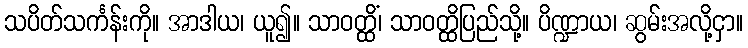
သပိတ်သင်္ကန်းကို။ အာဒါယ၊ ယူ၍။ သာဝတ္ထိံ၊ သာဝတ္ထိပြည်သို့။ ပိဏ္ဍာယ၊ ဆွမ်းအလို့ငှာ။